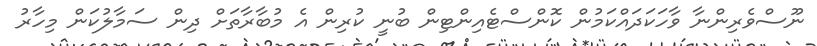
ނޫސްވެރިންނާ ވާހަކަދައްކަމުން ކޮންސްޓެއިންޓިން ބުނީ ކުރިން އެ މުބާރާތަށް ދިން ސަމާލުކަން މިހާރު